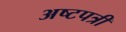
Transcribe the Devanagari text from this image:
अष्टपत्री